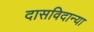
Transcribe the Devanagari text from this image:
दासविदान्या